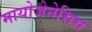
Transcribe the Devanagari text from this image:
मायोजेनेसिस